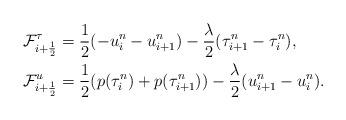
LaTeX: \begin{align*}&\mathcal{F}_{i+\frac{1}{2}}^{\tau}=\frac{1}{2}(-u_{i}^{n}-u_{i+1}^{n})-\frac{\lambda}{2}(\tau_{i+1}^{n}-\tau_{i}^{n}),\\&\mathcal{F}_{i+\frac{1}{2}}^{u}=\frac{1}{2}(p(\tau_{i}^{n})+p(\tau_{i+1}^{n}))-\frac{\lambda}{2}(u_{i+1}^{n}-u_{i}^{n}).\end{align*}